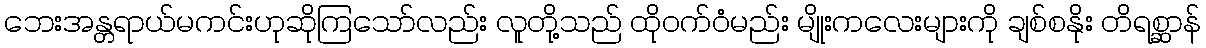
ဘေးအန္တရာယ်မကင်းဟုဆိုကြသော်လည်း လူတို့သည် ထိုဝက်ဝံမည်း မျိုးကလေးများကို ချစ်စနိုး တိရစ္ဆာန်